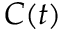
C ( t )